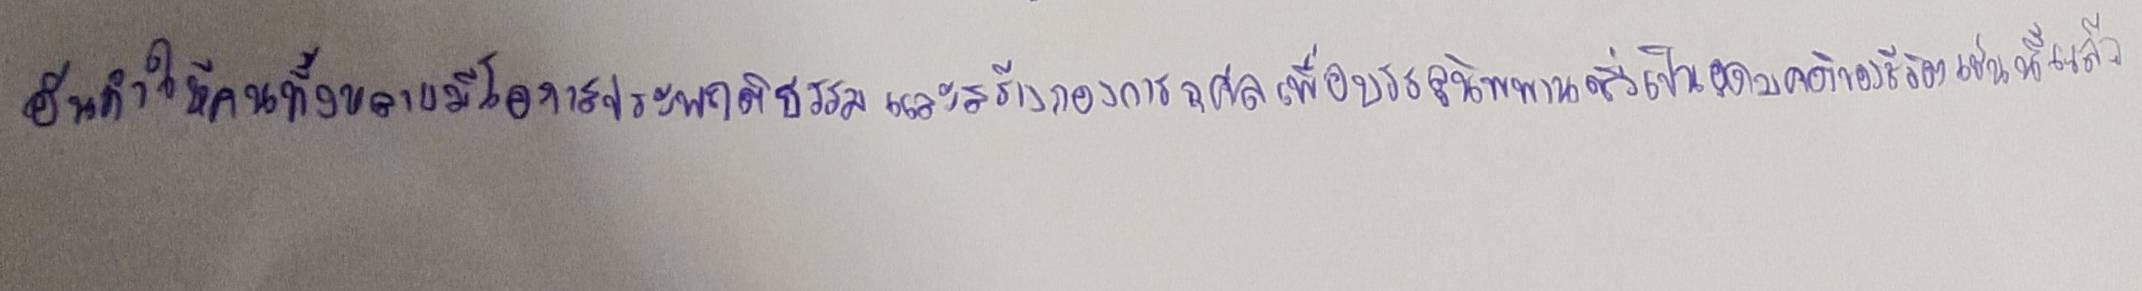
อันทำให้คนทั้งหลายมีโอกาสประพฤติธรรมและสร้างกองการกุศลเพื่อบรรลุนิพพานซึ่งเป็นอุดมคติของชีวิตเช่นนี้แล้ว